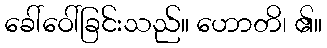
ခေါ်ဝေါ်ခြင်းသည်။ ဟောတိ၊ ၏။